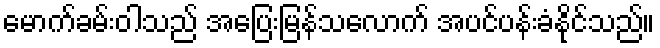
မောက်ခမ်းဝါသည် အပြေးမြန်သလောက် အပင်ပန်းခံနိုင်သည်။